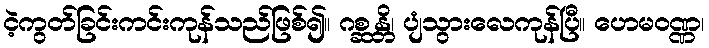
ငဲ့ကွတ်ခြင်းကင်းကုန်သည်ဖြစ်၍။ ဂစ္ဆန္တိ၊ ပျံသွားလေကုန်ပြီ။ ဟေမဝဏ္ဏ၊